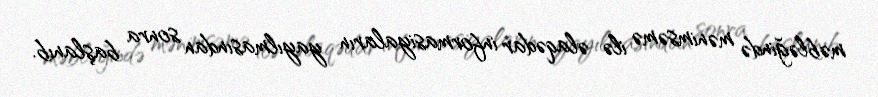
məbləğində mənimsəmə ilə əlaqədar informasiyaların yayılmasından sonra başlanıb.